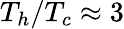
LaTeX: T_{h}/T_{c}\approx 3